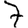
Digit: 7